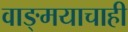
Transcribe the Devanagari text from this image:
वाङ्मयाचाही